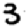
Digit: 3